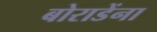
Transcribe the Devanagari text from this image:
बोराडेंना